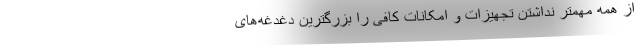
از همه مهمتر نداشتن تجهیزات و امکانات کافی را بزرگترین دغدغه‌های